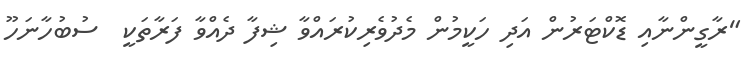
"ރާގީންނާއި ޑޮކްޓަރުން އަދި ހަކީމުން މެދުވެރިކުރައްވާ ޝިފާ ދެއްވާ ފަރާތަކީ  ސުބުހާނަހޫ